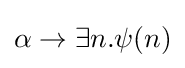
\alpha \to \exists n.\psi (n)